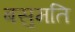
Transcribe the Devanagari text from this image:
बसुमति